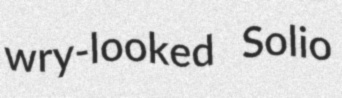
wry-looked Solio